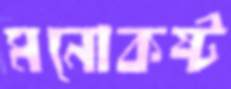
মনোকষ্ট